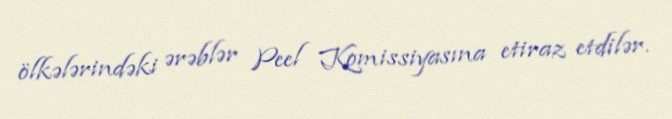
ölkələrindəki ərəblər Peel Komissiyasına etiraz etdilər.